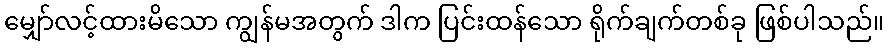
မျှော်လင့်ထားမိသော ကျွန်မအတွက် ဒါက ပြင်းထန်သော ရိုက်ချက်တစ်ခု ဖြစ်ပါသည်။